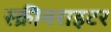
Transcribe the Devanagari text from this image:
स्क्रीनराइटर